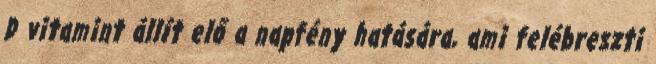
D vitamint állít elő a napfény hatására, ami felébreszti